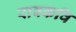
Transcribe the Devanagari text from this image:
रावकवि